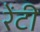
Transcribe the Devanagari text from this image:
रेंटी